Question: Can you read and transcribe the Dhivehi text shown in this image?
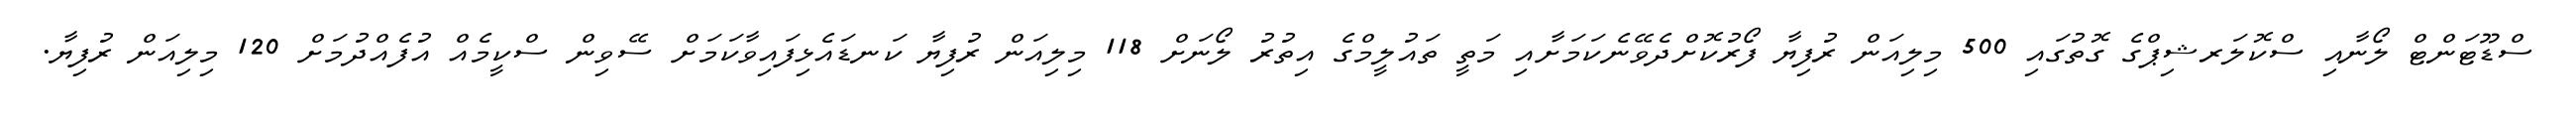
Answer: ސްޑޫޓަންޓް ލޯނާއި ސްކޮލަރޝިޕްގެ ގޮތުގައި 500 މިލިއަން ރުފިޔާ ފޯރުކޮށްދެވޭނެކަމަށާއި މަތީ ތައުލީމްގެ އިތުރު ލޯނަށް 118 މިލިއަން ރުފިޔާ ކަނޑައެޅިފައިވާކަމަށް ސޭވިން ސްކީމެއް އުފެއްދުމަށް 120 މިލިއަން ރުފިޔާ.